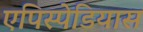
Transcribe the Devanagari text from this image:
एपिस्पेडियास